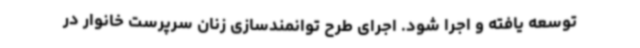
توسعه یافته و اجرا شود. اجرای طرح توانمندسازی زنان سرپرست خانوار در